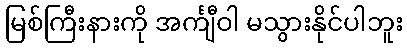
မြစ်ကြီးနားကို အင်္ကျီဝါ မသွားနိုင်ပါဘူး